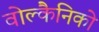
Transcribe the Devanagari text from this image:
वोल्कैनिको